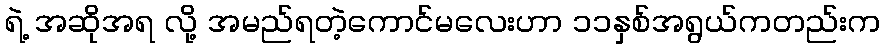
ရဲ့ အဆိုအရ လို့ အမည်ရတဲ့ကောင်မလေးဟာ ၁၁နှစ်အရွယ်ကတည်းက